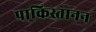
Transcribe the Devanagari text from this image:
पाकिस्तानन